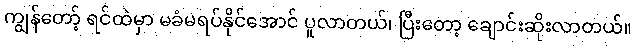
ကျွန်တော့် ရင်ထဲမှာ မခံမရပ်နိုင်အောင် ပူလာတယ်၊ ပြီးတော့ ချောင်းဆိုးလာတယ်။